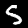
Label: 5